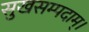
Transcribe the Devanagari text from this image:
सुखसम्पदाम्‌।